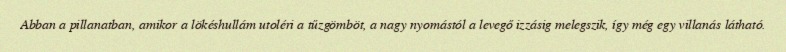
Abban a pillanatban, amikor a lökéshullám utoléri a tűzgömböt, a nagy nyomástól a levegő izzásig melegszik, így még egy villanás látható.